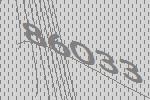
86033